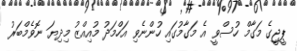
ޕީޖީގެ މަގާމް ހުސްވީ އެ މަގާމުގައި ހުންނެވި އަހްމަދު މުއިއްޒު މިދިޔަ ނޮވެމްބަރު